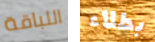
اللباقة بطلاء